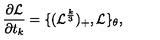
\frac { \partial { \mathcal L } } { \partial t _ { k } } = \{ ( { \mathcal L } ^ { \frac { k } { 3 } } ) _ { + } , { \mathcal L } \} _ { \theta } ,